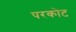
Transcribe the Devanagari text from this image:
परकाेट